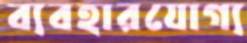
ব্যবহারযোগ্য